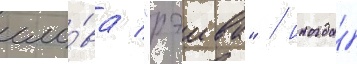
сло́ва "рэива" / иногда́